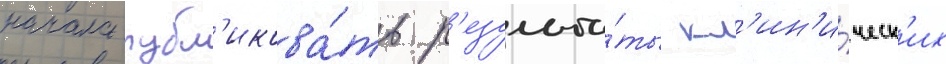
начала публ'икова́ть р'езульта́ты кл'ин'и́ческ'их